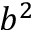
b ^ { 2 }